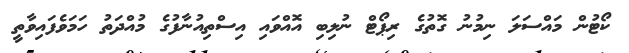
ކޯޓުން މައްސަލަ ނިމުނު ގޮތުގެ ރިޕޯޓް ނުލިބި އޮއްވައި އިސްތިއުނާފުގެ މުއްދަތު ހަމަވެފައިވާތީ